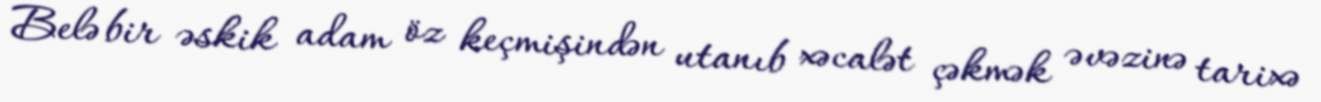
Belə bir əskik adam öz keçmişindən utanıb xəcalət çəkmək əvəzinə tarixə